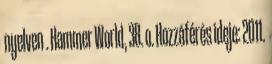
nyelven . Hammer World, 38. o. Hozzáférés ideje: 2011.